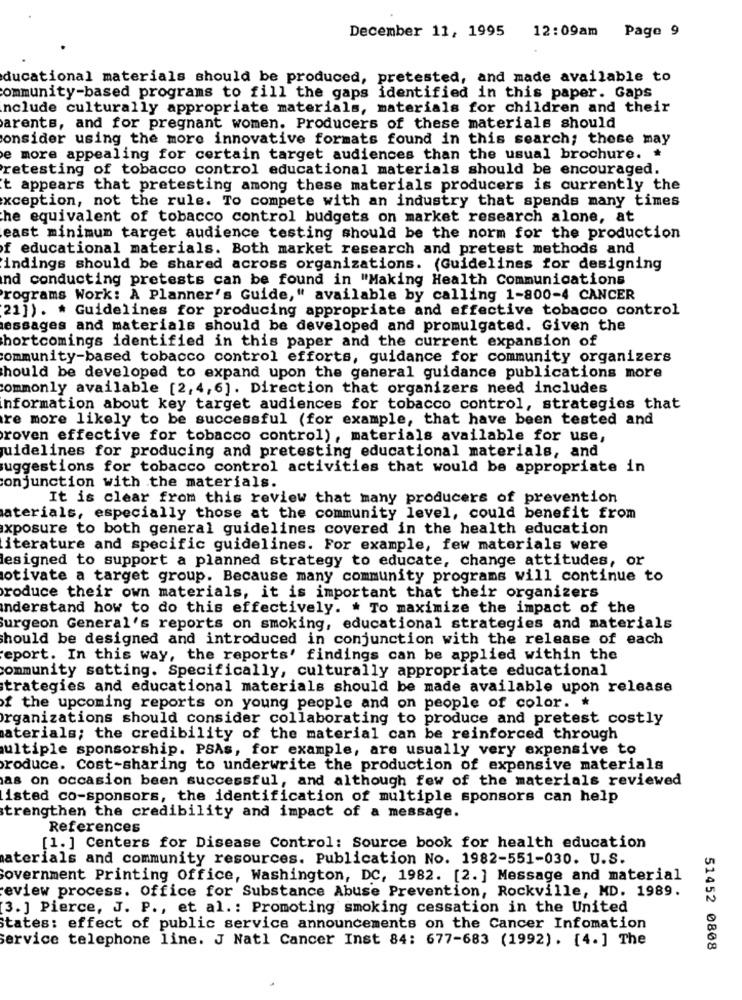
December 11, 1995
12:09am
Page 9
ducational materials should be produced, pretested, and made available to
community-based programs to fill the gaps identified in this paper. Gaps
include culturally appropriate materials, materials for children and their
arents, and for pregnant women. Producers of these materials should
consider using the more innovative formats found in this search; these may
e more appealing for certain target audiences than the usual brochure.
retesting of tobacco control educational materials should be encouraged.
t appears that pretesting among these materials producers is currently the
xception, not the rule. To compete with an industry that spends many times
he equivalent of tobacco control budgets on market research alone, at
east minimum target audience testing should be the norm for the production
f educational materials. Both market research and pretest methods and
indings should be shared across organizations. (Guidelines for designing
ind conducting pretests can be found in "Making Health Communications
Programs Work: A Planner's Guide," available by calling 1-800-4 CANCER
21]). * Guidelines for producing appropriate and effective tobacco control
essages and materials should be developed and promulgated. Given the
Shortcomings identified in this paper and the current expansion of
ommunity-based tobacco control efforts, guidance for community organizers
Should be developed to expand upon the general guidance publications more
commonly available [2, 4,6]. Direction that organizers need includes
information about key target audiences for tobacco control, strategies that
re more likely to be successful (for example, that have been tested and
roven effective for tobacco control), materials available for use,
guidelines for producing and pretesting educational materials, and
suggestions for tobacco control activities that would be appropriate in
conjunction with the materials.
It is clear from this review that many producers of prevention
aterials, especially those at the community level, could benefit from
xposure to both general guidelines covered in the health education
iterature and specific guidelines. For example, few materials were
designed to support a planned strategy to educate, change attitudes, or
otivate a target group. Because many community programs will continue to
produce their own materials, it is important that their organizers
understand how to do this effectively. . To maximize the impact of the
Surgeon General's reports on smoking, educational strategies and materials
should be designed and introduced in conjunction with the release of each
report. In this way, the reports' findings can be applied within the
community setting. Specifically, culturally appropriate educational
strategies and educational materials should be made available upon release
of the upcoming reports on young people and on people of color. *
organizations should consider collaborating to produce and pretest costly
aterials; the credibility of the material can be reinforced through
ultiple sponsorship. PSAs, for example, are usually very expensive to
produce. Cost-sharing to underwrite the production of expensive materials
as on occasion been successful, and although few of the materials reviewed
isted co-sponsors, the identification of multiple sponsors can help
strengthen the credibility and impact of a message.
References
[1. ] Centers for Disease Control: Source book for health education
materials and community resources. Publication No. 1982-551-030. U.S.
Government Printing Office, Washington, DC, 1982. [2. ] Message and material
review process. Office for Substance Abuse Prevention, Rockville, MD. 1989.
(3. ] Pierce, J. P ., et al .: Promoting smoking cessation in the United
States: effect of public service announcements on the Cancer Infomation
service telephone line. J Natl Cancer Inst 84: 677-683 (1992) . [4.] The
51452 0808